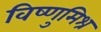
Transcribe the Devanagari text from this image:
विष्णुमिश्र